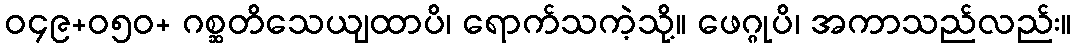
ဝ၄၉+၀၅ဝ+ ဂစ္ဆတိသေယျထာပိ၊ ရောက်သကဲ့သို့။ ဖေဂ္ဂုပိ၊ အကာသည်လည်း။